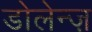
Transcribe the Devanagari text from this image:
डोलेन्ज़